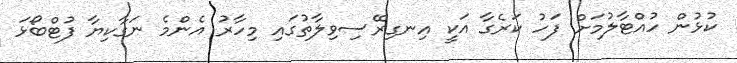
ކުޅުން ހުއްޓާލުމަށް ފަހު ކަރެގާ އަކީ އިނގިރޭސިވިލާތުގައި މިހާރު އެންމެ ނަގާކިޔާ ފުޓްބޯޅަ